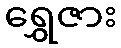
ရွှေဇား